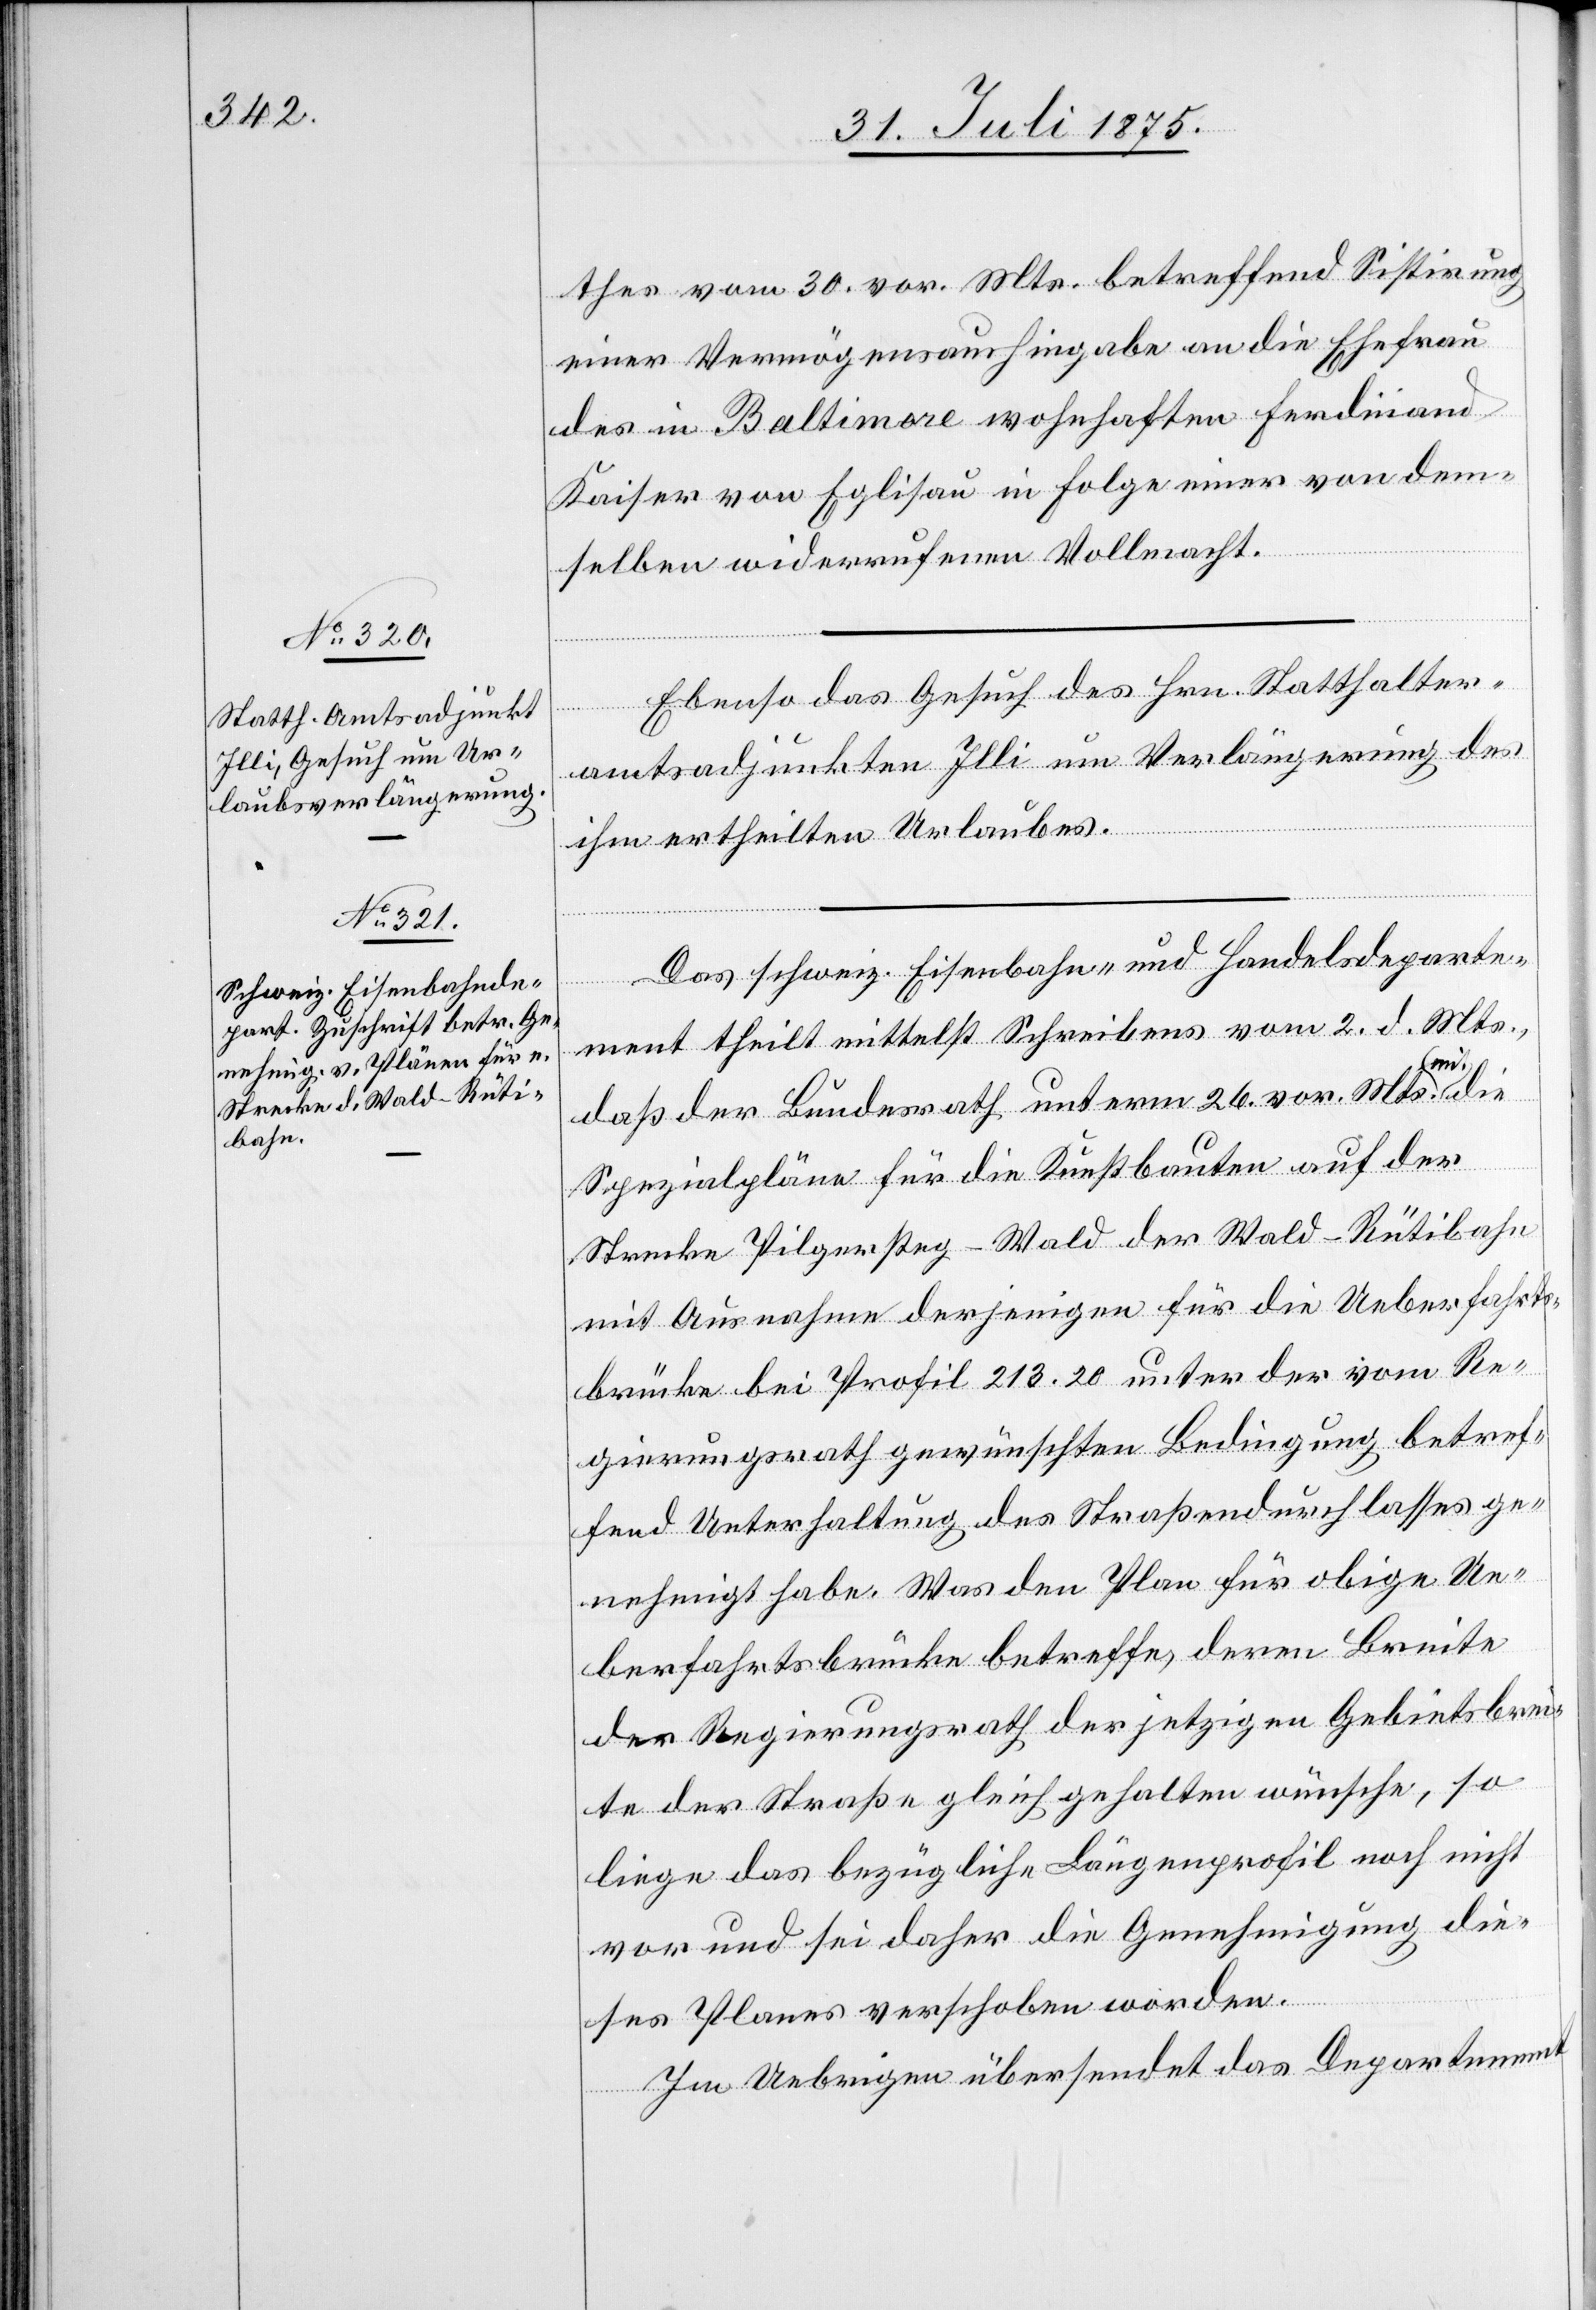
thes vom 30. vor. Mts. betreffend Sistirung
einer Vermögensaushingabe an die Ehefrau
des in Baltimore wohnhaften Ferdinand
Kaiser von Eglisau in Folge einer von dem¬
selben widerrufenen Vollmacht.
Ebenso das Gesuch des Hrn. Statthalter¬
amtsadjunkten Illi um Verlängerung des
ihm erheilten Urlaubes.
Das schweiz. Eisenbahn- und Handelsdeparte¬
ment theilt mittelst Schreibens vom 2. d. Mts.
mit,
daß der Bundesrath unterm 26. vor. Mts. mit
Spezialpläne für die Kunstbauten auf der
Strecke Pilgersteg–Wald der Wald–Rütibahn
mit Ausnahme derjenigen für die Ueberfahrts¬
brücke bei Profil 213.20 unter der vom Re¬
gierungsrath gewünschten Bedingung betref¬
fend Unterhaltung des Straßendurchlassen ge¬
nehmigt habe. Was den Plan für obige Ue¬
berfahrtsbrücke betreffe, deren Breite
der Regierungsrath der jetzigen Gebietsbrei¬
te der Straße gleichgehalten wünsche, so
liege das bezügliche Längenprofil noch nicht
vor und sei daher die Genehmigung die¬
ses Planes verschoben worden.
Im Uebrigen übersendet das Departement